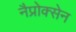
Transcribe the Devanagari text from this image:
नैप्रोक्सेन